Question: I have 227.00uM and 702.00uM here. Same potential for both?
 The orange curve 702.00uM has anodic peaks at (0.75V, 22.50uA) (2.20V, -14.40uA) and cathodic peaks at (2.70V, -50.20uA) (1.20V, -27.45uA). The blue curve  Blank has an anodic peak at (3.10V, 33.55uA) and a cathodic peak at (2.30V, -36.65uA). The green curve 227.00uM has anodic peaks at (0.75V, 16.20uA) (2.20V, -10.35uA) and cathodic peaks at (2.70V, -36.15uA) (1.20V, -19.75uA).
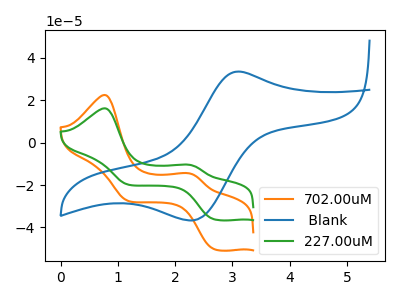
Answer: <think>All the peaks in "227.00uM" have a peak in "702.00uM" at the same potential.
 </think>
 <answer>"227.00uM" and "702.00uM" are similar in shape.</answer>
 <eval>same_shape</eval>